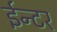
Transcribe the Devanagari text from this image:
ईन्टर